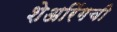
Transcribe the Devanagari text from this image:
शेअरिंगची